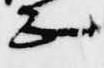
正